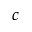
^ c